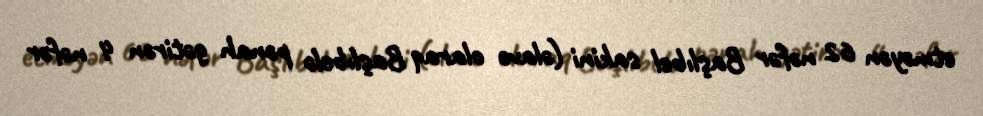
etməyən 62 nəfər Başlıbel sakini (əlavə olaraq Başlıbelə pənah gətirən 4 nəfər